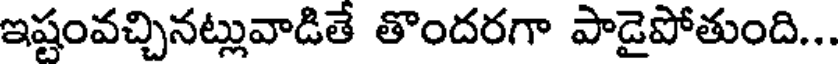
ఇష్టంవచ్చినట్లువాడితే తొందరగా పాడైపోతుంది...